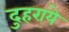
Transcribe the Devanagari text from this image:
दुहराये